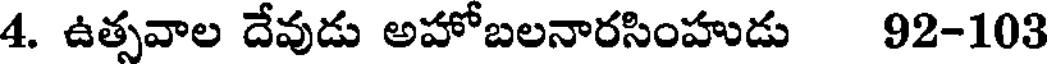
4. ఉత్సవాల దేవుడు అహోబలనారసింహుడు 92-103